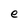
Character: e